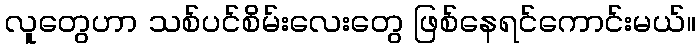
လူတွေဟာ သစ်ပင်စိမ်းလေးတွေ ဖြစ်နေရင်ကောင်းမယ်။